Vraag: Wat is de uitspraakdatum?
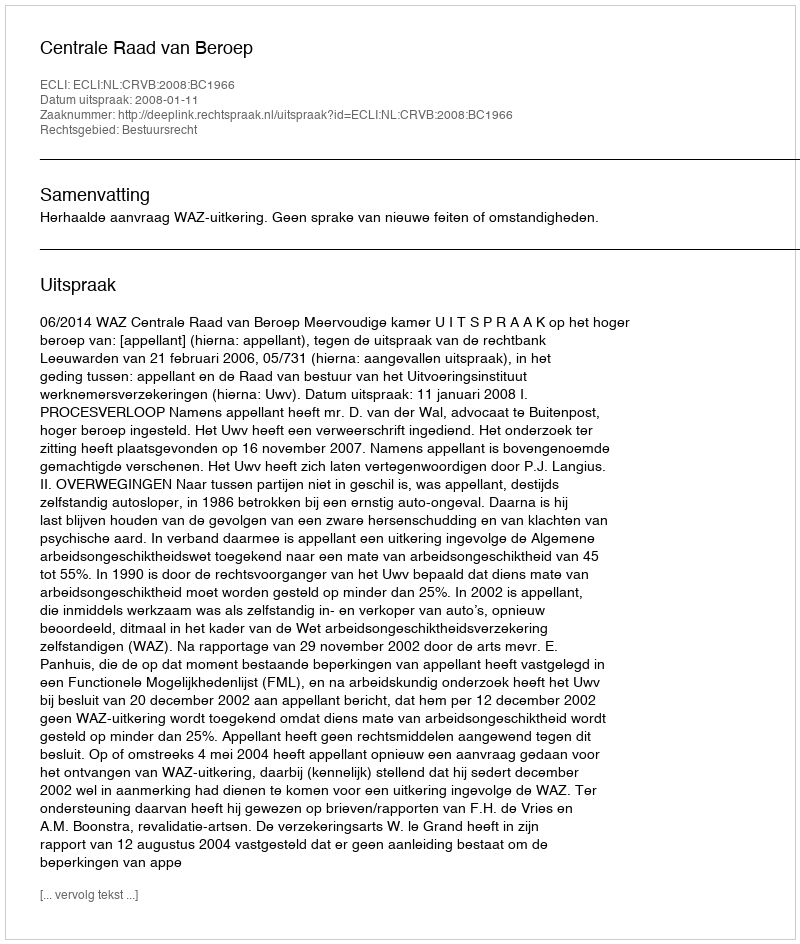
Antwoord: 2008-01-11